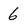
Character: 6